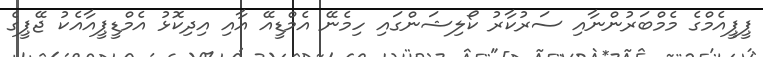
ޕީޕީއެމްގެ މެމްބަރުންނާއި ސަރުކާރު ކޯލިޝަންގައި ހިމެނޭ އެމްޑީއޭ އާއި އިދިކޮޅު އެމްޑީޕީއާއެކު ޖޭޕީގެ